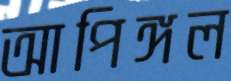
আপিঙ্গল